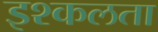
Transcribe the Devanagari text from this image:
इश्कलता